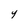
Character: y